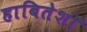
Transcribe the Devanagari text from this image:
हाबितेशॉ